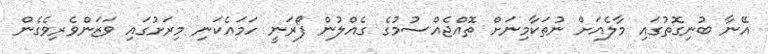
އޭނާ ބުނިގޮތުގައި މާލެއަށް ނުތަކާމިނަށް ތޮއްޖެއްސުމުގެ ގެއްލުން ފޯރަނީ ހަމައެކަނި މިރަށުގައި ވަޒަންވެރިވެގެން